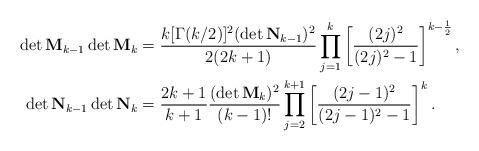
LaTeX: \begin{align*} \det\mathbf M_{k-1}\det\mathbf M_k={}&\frac{k [\Gamma (k/2)]^2(\det\mathbf N_{k-1})^2}{2 (2 k+1)}\prod _{j=1}^k \left[\frac{(2 j)^2}{(2 j)^2-1}\right]^{k-\frac{1}{2}},\\\det\mathbf N_{k-1}\det\mathbf N_k={}&\frac{2k+1}{k+1}\frac{(\det\mathbf M_{k})^2}{(k-1)!}\prod _{j=2}^{k+1} \left[\frac{(2 j-1)^2}{(2 j-1)^2-1}\right]^{k}.\end{align*}